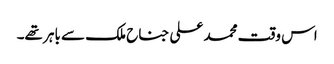
اس وقت محمد علی جناح ملک سے باہر تھے۔